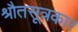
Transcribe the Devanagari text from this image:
श्रौतसूत्रकार